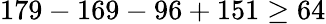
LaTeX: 179-169-96+151\geq 64